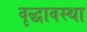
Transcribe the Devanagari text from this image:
वृद्धावस्‍था